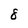
Character: 8